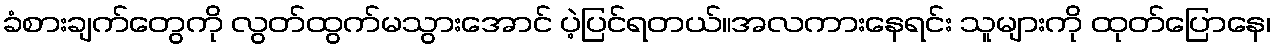
ခံစားချက်တွေကို လွတ်ထွက်မသွားအောင် ပဲ့ပြင်ရတယ်။အလကားနေရင်း သူများကို ထုတ်ပြောနေ၊